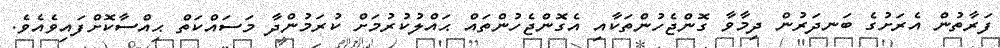
ފަރާތުން އެރަށުގެ ބަނދަރުން ދިމާވާ ގޮންޖެހުންތަކާއި އެގޮންޖެހުންތައް ޙައްލުކުރުމަށް ކުރަމުންދާ މަސައްކަތް ޙިއްސާކޮށްފައިވެއެވެ.